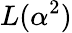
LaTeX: L(\alpha^{2})